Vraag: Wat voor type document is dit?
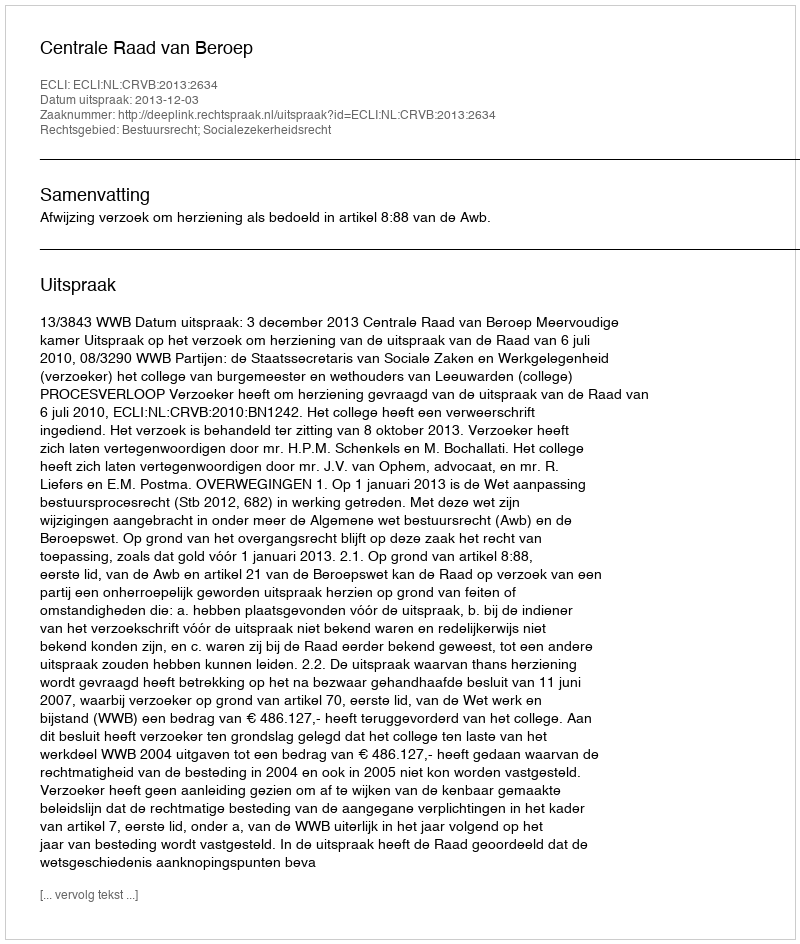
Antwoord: Uitspraak